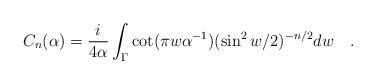
\begin{align*}C_n(\alpha)={i \over 4\alpha}\int_{\Gamma}\cot(\pi w\alpha^{-1})(\sin^2w/2)^{-n/2} dw~~~.\end{align*}